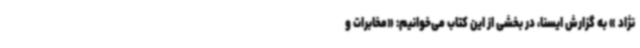
نژاد » به گزارش ایسنا، در بخشی از این کتاب می‌خوانیم: «مخابرات و